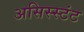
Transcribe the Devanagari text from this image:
असिस्स्टंट